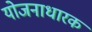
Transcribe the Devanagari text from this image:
योजनाधारक